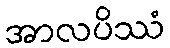
အာလပိဿံ